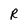
Character: R